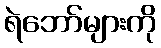
ရဲဘော်များကို